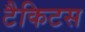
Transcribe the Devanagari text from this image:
टैकिटस